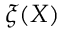
\xi ( X )